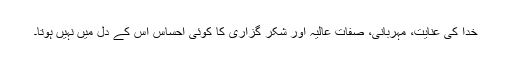
خدا کی عنایت، مہربانی، صفات عالیہ اور شکر گزاری کا کوئی احساس اس کے دل میں نہیں ہوتا۔